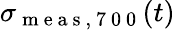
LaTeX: \sigma_{\mathrm{~m~e~a~s~,~7~0~0~}}(t)